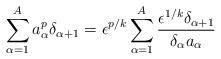
LaTeX: \begin{align*} \sum_{\alpha = 1}^A a_\alpha^p \delta_{\alpha+1} = \epsilon^{p/k} \sum_{\alpha=1}^A \frac{ \epsilon^{1/k} \delta_{\alpha+1}}{ \delta_\alpha a_\alpha} \end{align*}